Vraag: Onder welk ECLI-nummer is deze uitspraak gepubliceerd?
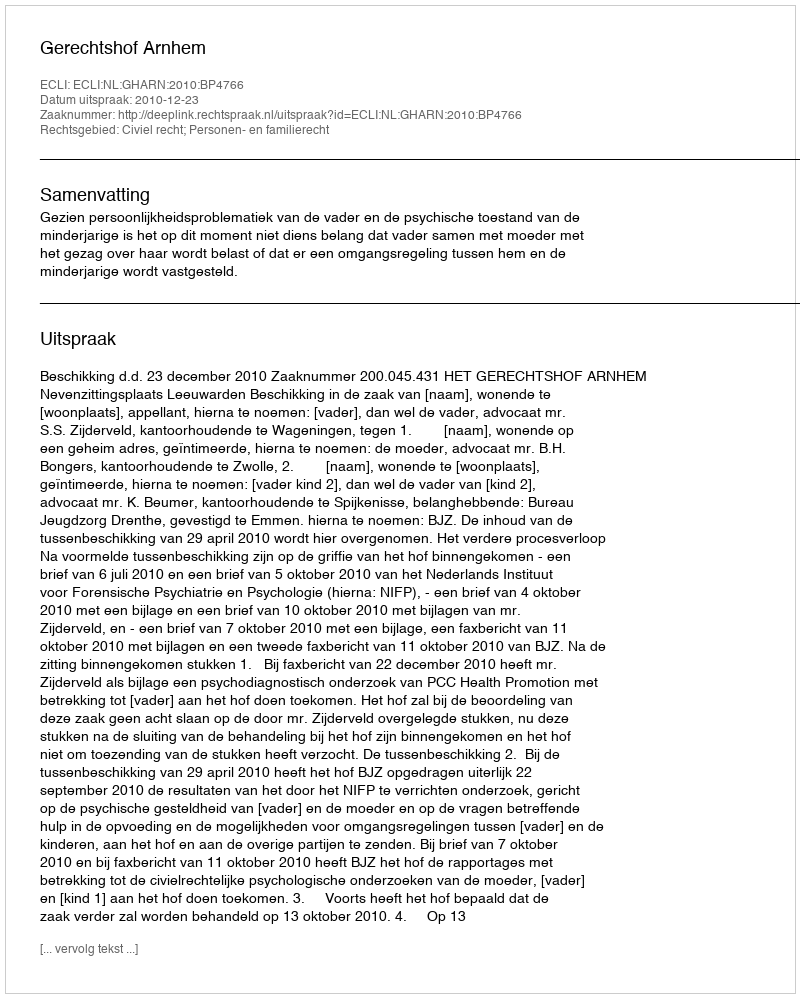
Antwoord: ECLI:NL:GHARN:2010:BP4766